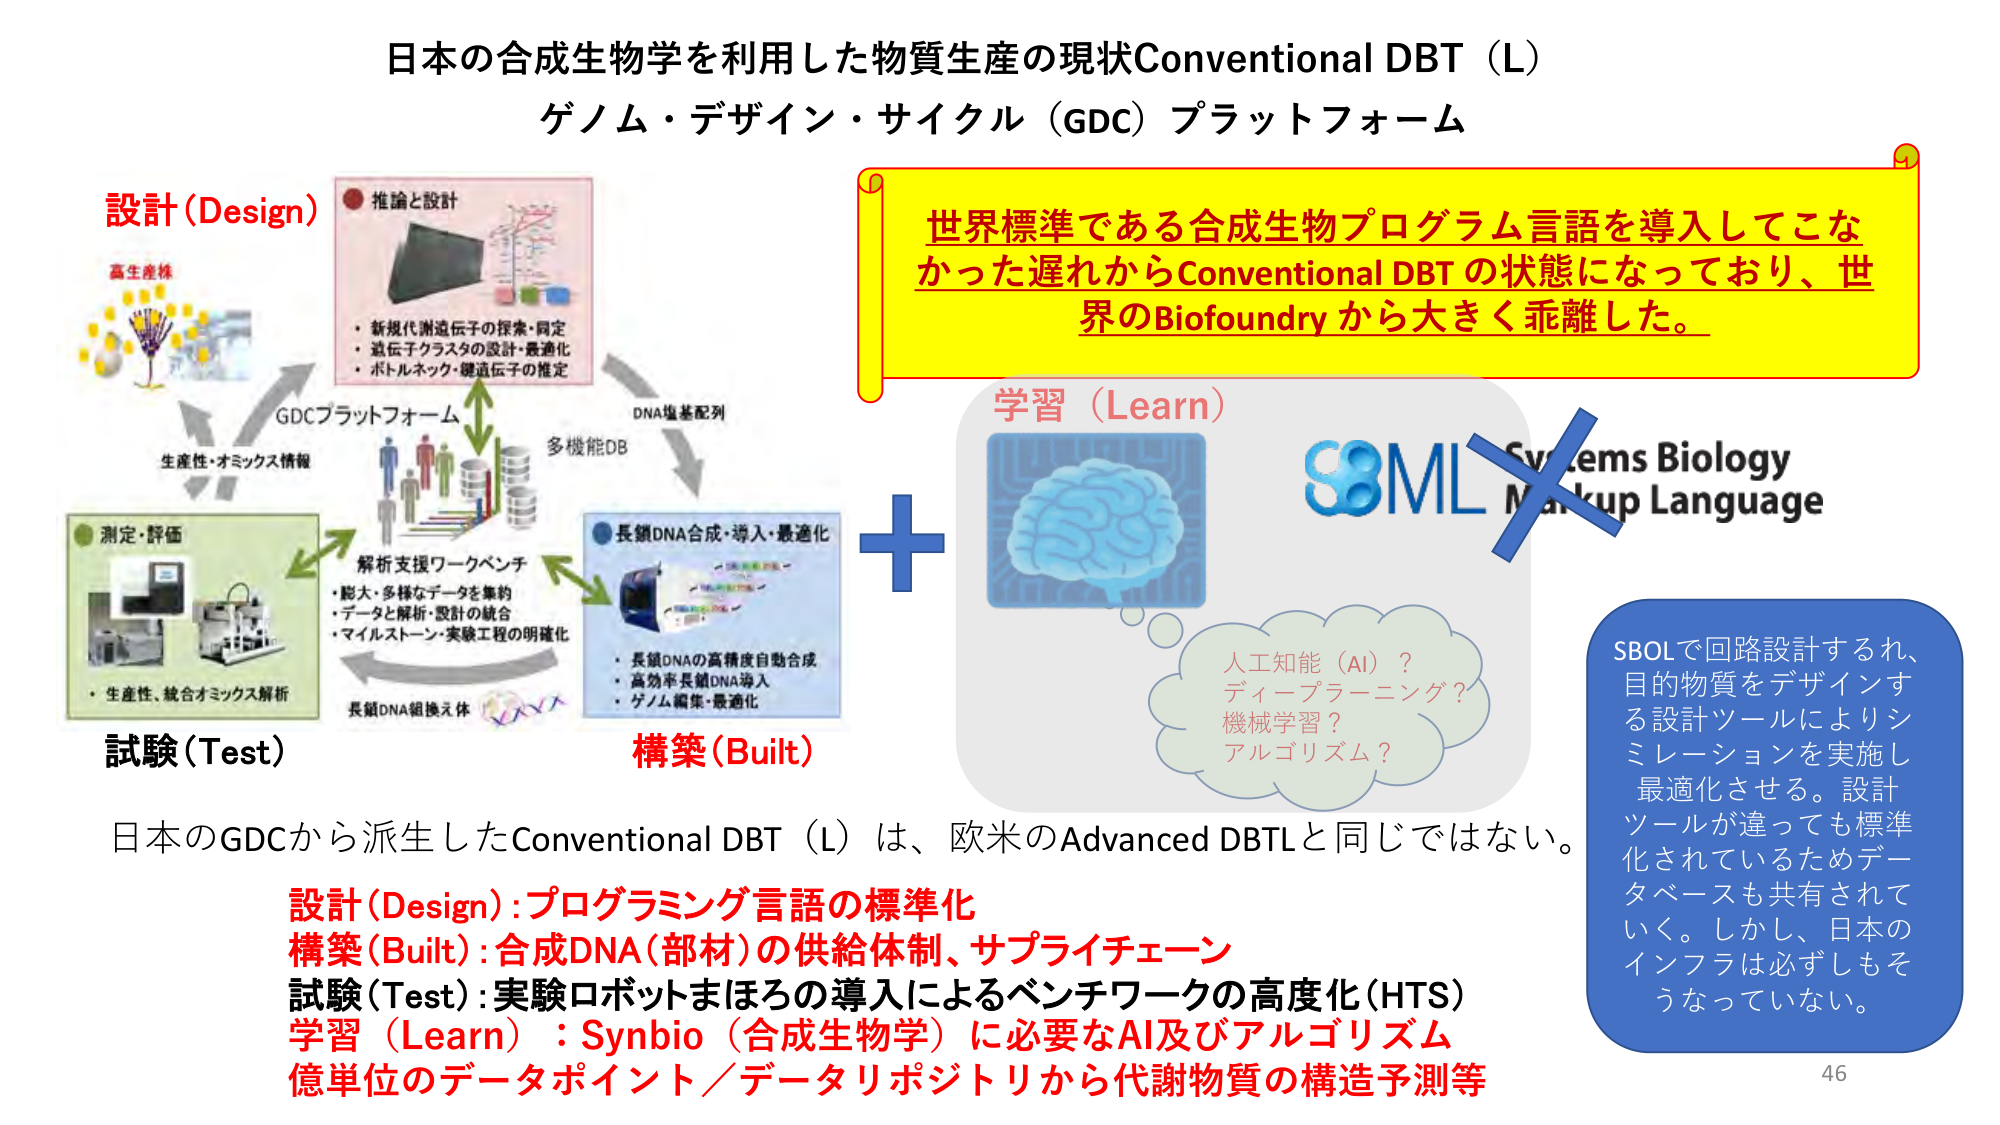
日本の合成生物学を利用した物質生産の現状Conventional DBT（L）
ゲノム・デザイン・サイクル（GDC）プラットフォーム

設計（Design）
高生産株
GDCプラットフォーム
生産性・オミックス情報
測定・評価
・生産性、統合オミックス解析
推論と設計
・新規代謝遺伝子の探索・同定
・遺伝子クラスタの設計・最適化
・ボトルネック・鍵遺伝子の推定
多機能DB
DNA塩基配列
解析支援ワークベンチ
・膨大・多様なデータを集約
・データと解析・設計の統合
・マイルストーン・実験工程の明確化
長鎖DNA合成・導入・最適化
・長鎖DNAの高精度自動合成
・高効率長鎖DNA導入
・ゲノム編集・最適化
長鎖DNA組換え体

試験（Test）
構築（Built）

世界標準である合成生物プログラム言語を導入してこなかった遅れからConventional DBT の状態になっており、世界のBiofoundryから大きく乖離した。

学習（Learn）
Systems Biology Markup Language
SBML
人工知能（AI）？
ディープラーニング？
機械学習？
アルゴリズム？

SBOLで回路設計するれ、目的物質をデザインする設計ツールによりシミュレーションを実施し最適化させる。設計ツールが違っても標準化されているためデータベースも共有されていく。しかし、日本のインフラは必ずしもそうなっていない。

日本のGDCから派生したConventional DBT（L）は、欧米のAdvanced DBTLと同じではない。
設計（Design）：プログラミング言語の標準化
構築（Built）：合成DNA（部材）の供給体制、サプライチェーン
試験（Test）：実験ロボットまほろの導入によるベンチワークの高度化（HTS）
学習（Learn）：Synbio（合成生物学）に必要なAI及びアルゴリズム
億単位のデータポイント／データリポジトリから代謝物質の構造予測等

46